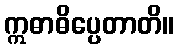
ဣဓာဓိပ္ပေတာတိ။